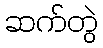
ဆက်တွဲ